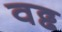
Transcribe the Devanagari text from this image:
वढ्ढ